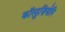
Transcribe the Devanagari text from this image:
कॉस्ट्रुज़ियोनि